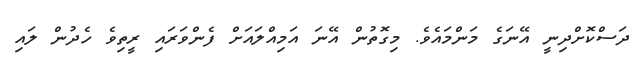
ދަސްކޮށްދިނީ އޭނަގެ މަންމައެވެ. މިގޮތުން އޭނަ އަމިއްލައަށް ފެންވަރައި ރީތިވެ ހެދުން ލައި